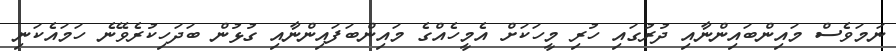
ނަމަވެސް މައިންބައިންނާއި ދުރުގައި ހުރި މީހަކަށް އެމީހެއްގެ މައިންބަފައިންނާއި ގުޅުން ބަދަހިކުރެވޭނެ ހަމައެކަނި